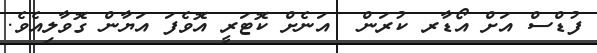
ފުޑްސް އަށް އޯޑާރ ކުރަން  އަނެށް ކޮޓަރީ އޮވެފަ އަޔާން ގޮވާލިއެވެ.